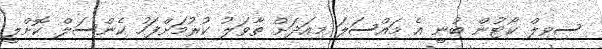
ސިވިލް ކޯޓުން ބުނީ އެ މައްސަލަ މިއަދަށް ތާވަލު ކުރުމަށްފަހު ކެންސަލް ކޮށްލީ